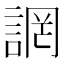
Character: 誷